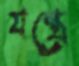
যন্ত্র্রে